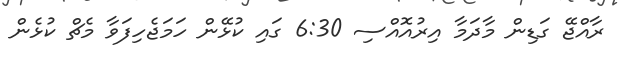
ރާއްޖޭ ގަޑިން މާދަމާ އިރުއޮއްސި 6:30 ގައި ކުޅޭން ހަމަޖެހިފަވާ މެޗް ކުޅެން